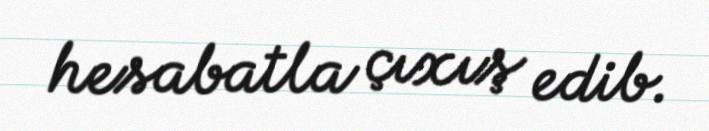
hesabatla çıxış edib.